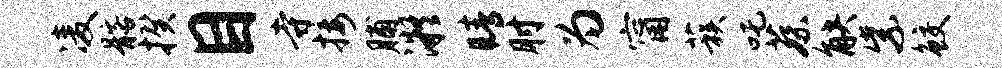
凌髂揆目寺接脯凝睛肘为甯蔟吒蔡觖紫鲛